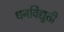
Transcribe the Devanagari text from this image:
धनविद्युती